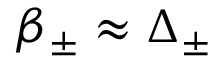
\beta _ { \pm } \approx \Delta _ { \pm }